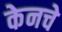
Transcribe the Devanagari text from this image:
केनचे